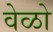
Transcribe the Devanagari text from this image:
वेळो